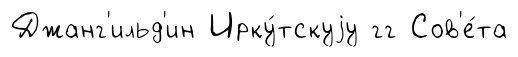
Джанг'ильд'ин Ирку́тскуjу гг Сов'е́та